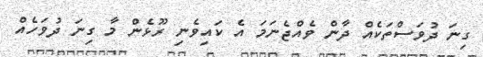
ގިނަ ދުވަސްތަކެއް ދާން ވެއްޖެނަމަ އެ ކައިވެނި ރޫޅެން މާ ގިނަ ދުވަހެއް